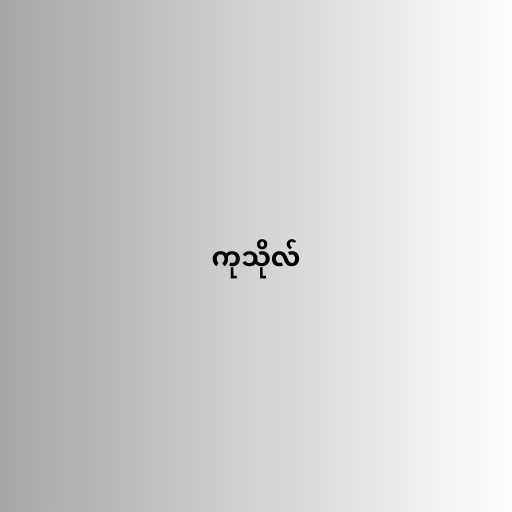
ကုသိုလ်